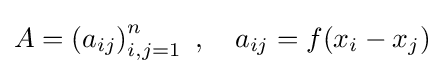
A=\left(a_{ij}\right)_{i,j=1}^{n}~,\quad a_{ij}=f(x_{i}-x_{j})